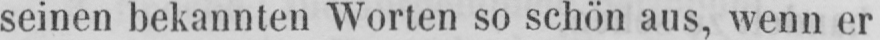
seinen bekannten Worten so schön aus, wenn er